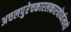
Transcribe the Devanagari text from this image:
अचलपुरेचकारलकारयोर्व्यत्ययो